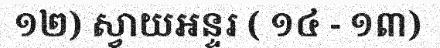
១២) ស្វាយអន្ទរ ( ១៤ - ១៣)